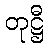
တုဋ္ဌီ